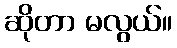
ဆိုတာ မလွယ်။